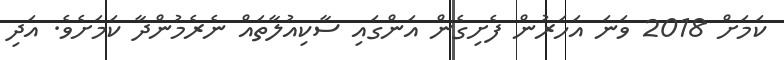
ކަމަށް 2018 ވަނަ އަަހަރުން ފެށިގެން އަންގައި ސާކިއުލާތައް ނެރެމުންދާ ކަމަށެވެ. އަދި